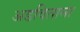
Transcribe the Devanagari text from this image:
अडविताना